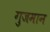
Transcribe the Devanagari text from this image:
गुजमान